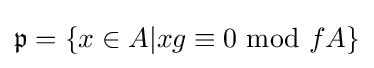
{\mathfrak {p}}=\{x\in A|xg\equiv 0{\text{ mod }}fA\}